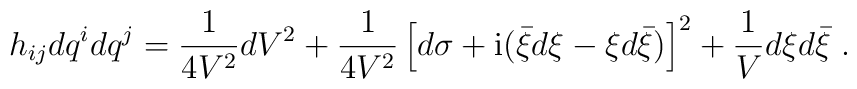
h_{ij} dq^idq^j=\frac{1}{4V^{2}}dV^{2}+\frac{1}{4V^{2}}\left[d\sigma+{\rm i}(\bar{\xi}d\xi-\xi d\bar{\xi})\right]^{2}+\frac{1}{V}d\xi d\bar{\xi}\ .